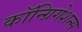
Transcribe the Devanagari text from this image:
कॉन्ग्रिगेशन्स